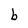
Character: b